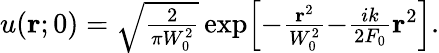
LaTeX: \begin{array}{r}{u(\mathbf{r};0)=\sqrt{\frac{2}{\pi W_{0}^{2}}}\exp\Bigl[-\frac{\mathbf{r}^{2}}{W_{0}^{2}}{-}\frac{ik}{2F_{0}}\mathbf{r}^{2}\Bigr].}\end{array}